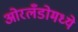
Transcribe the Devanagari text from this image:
ओरलँडोमध्ये